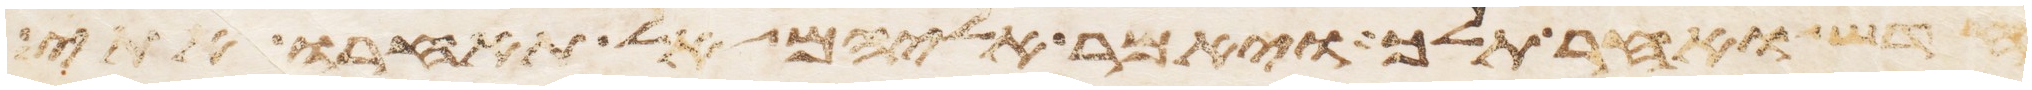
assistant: חדש ואחר תלך ויאמר אליהם אל תאחרו אתי